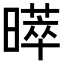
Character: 𭧩